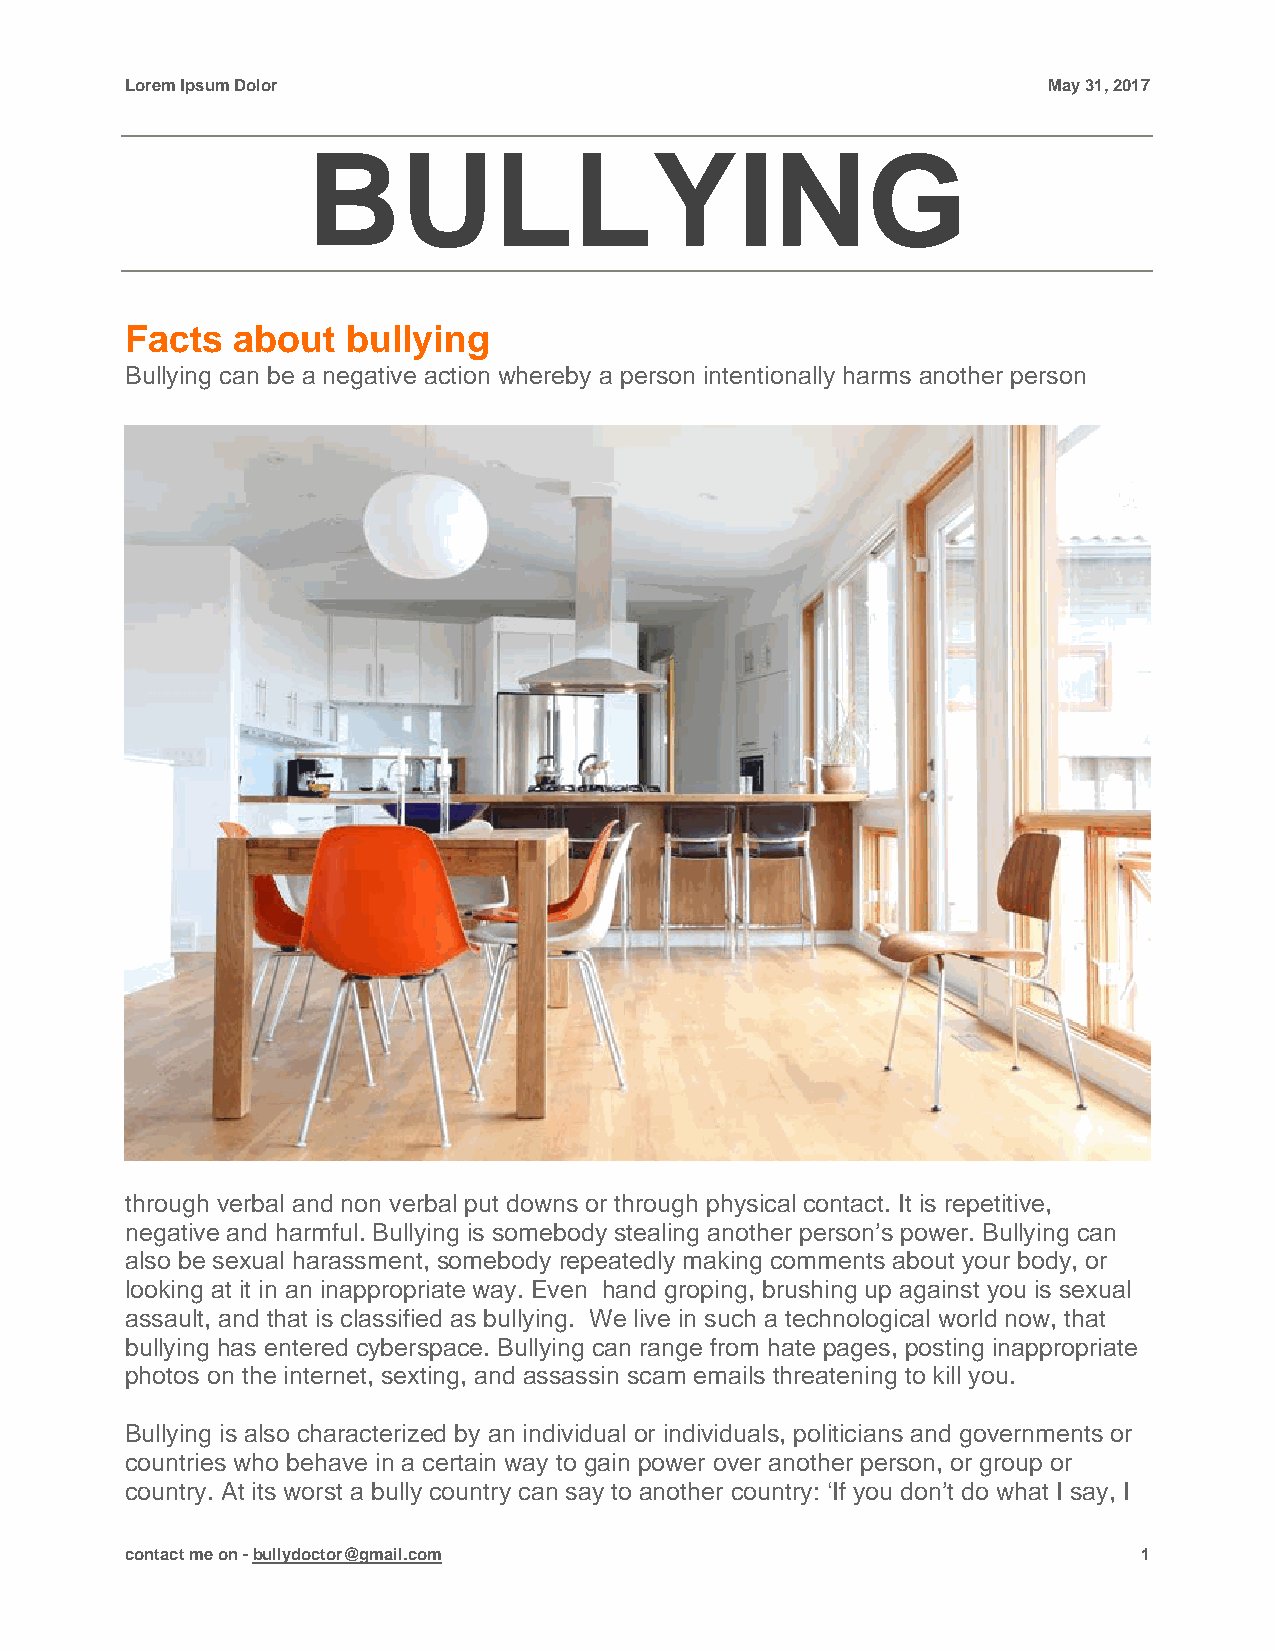
Lorem Ipsum Dolor                                            May 31, 2017
 BULLYING
 Facts  about   bullying
 Bullying can be a negative action whereby a person intentionally harms another person
 through verbal and non verbal put downs or through physical contact. It is repetitive,
 negative and harmful. Bullying is somebody stealing another person’s power. Bullying can
 also be sexual harassment, somebody repeatedly making comments about your body, or
 looking at it in an inappropriate way. Even hand groping, brushing up against you is sexual
 assault, and that is classified as bullying. We live in such a technological world now, that
 bullying has entered cyberspace. Bullying can range from hate pages, posting inappropriate
 photos on the internet, sexting, and assassin scam emails threatening to kill you.
 Bullying is also characterized by an individual or individuals, politicians and governments or
 countries who behave in a certain way to gain power over another person, or group or
 country. At its worst a bully country can say to another country: ‘If you don’t do what I say, I
 contact me on - bullydoctor@gmail.com                               1